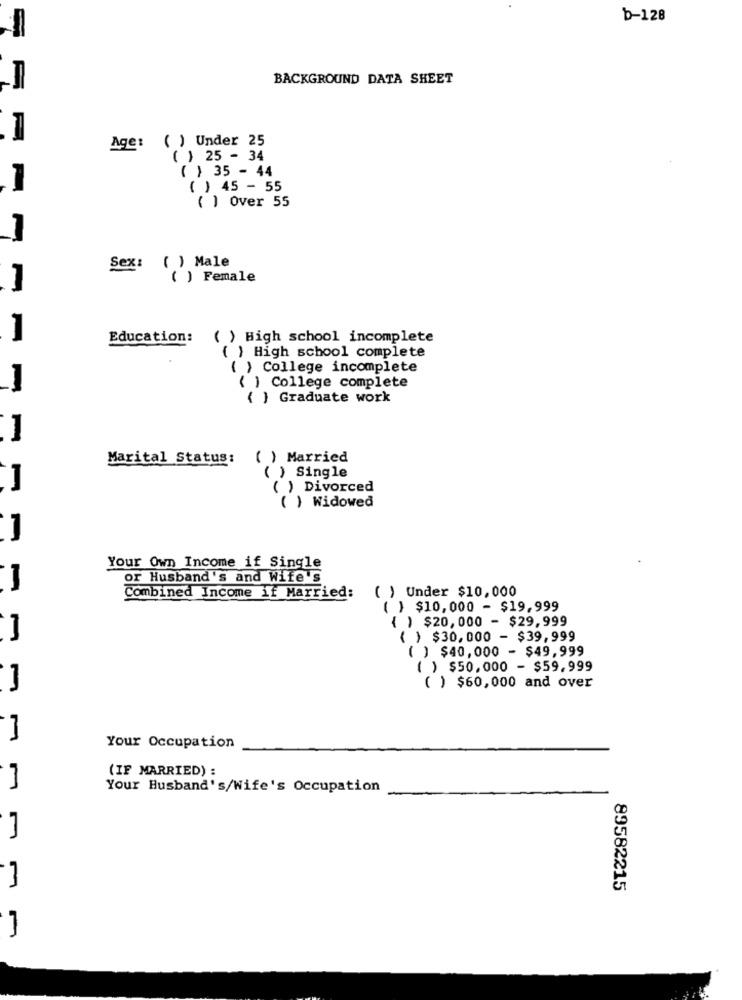
b-128
BACKGROUND DATA SHEET
1
Age: ( ) Under 25
( ) 25 - 34
( ) 35 - 44
1
( ) 45 - 55
( ) Over 55
( ) Male
Sex:
( ) Female
1
Education:
( ) High school incomplete
( ) High school complete
( ) College incomplete
( ) College complete
{ } Graduate work
Marital Status:
( ) Married
( ) Single
1
( ) Divorced
( ) Widowed
1
Your Own Income if Single
or Husband's and Wife's
( ) Under $10,000
Combined Income if Married:
( ) $10,000 - $19,999
{ ) $20,000 - $29,999
1
( ) $30,000 - $39,999
( ) $40,000 - $49,999
( ) $50,000 - $59,999
( ) $60,000 and over
Your Occupation
(IF MARRIED) :
Your Husband's/Wife's Occupation
89582215